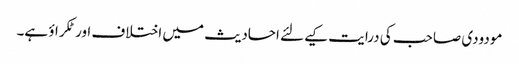
مودودی صاحب کی درایت کیےلئے احادیث میں اختلاف اور ٹکراؤ ہے۔